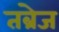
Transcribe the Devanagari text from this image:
तब्रेज